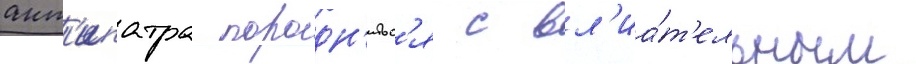
ант'ипатра породн'итьс'я с вл'иа́т'ельным